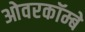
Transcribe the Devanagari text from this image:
ओवरकॉम्बे